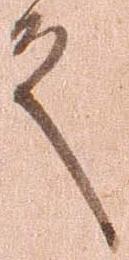
殿